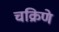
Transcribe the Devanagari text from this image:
चक्रिणे